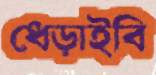
ধেড়াইবি